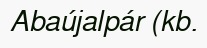
Abaújalpár (kb.